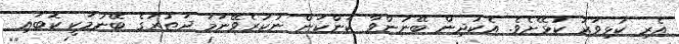
އެރި ކުޅިވަރު ކުޅޭށެވެ. އެކުދިން ބޭނުންވާ ކަންކަން ނުކުރެވޭނަމަ ދަތުރުގެ ބޭނުމަކީ ކޮބައި